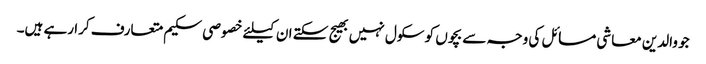
جو والدین معاشی مسائل کی وجہ سے بچوں کو سکول نہیں بھیج سکتے ان کیلئے خصوصی سکیم متعارف کرا رہے ہیں۔